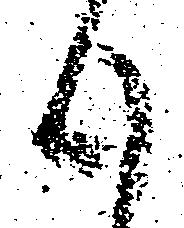
候